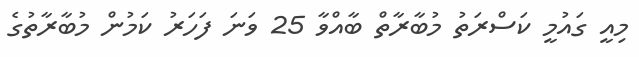
މިއީ ގައުމީ ކަސްރަތު މުބާރާތް ބާއްވާ 25 ވަނަ ފަހަރު ކަމުން މުބާރާތުގެ